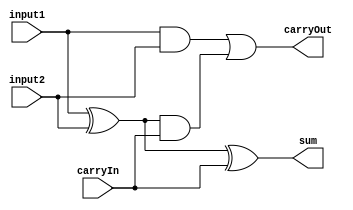
module Full_adder(sum, carryOut, carryIn, input1, input2);

	input carryIn, input1, input2;

	output sum, carryOut;

	wire w1, w2, w3;

	xor x1(w1, input1, input2);
	xor x2(sum, w1, carryIn);
	and a1(w2, input1, input2);
	and a2(w3, w1, carryIn);
	or o1(carryOut, w2, w3);

endmodule



module ALU_1bit( result, carryOut, a, b, invertA, invertB, operation, carryIn, less ); 
  
  output wire result;
  output wire carryOut;
  
  input wire a;
  input wire b;
  input wire invertA;
  input wire invertB;
  input wire[1:0] operation;
  input wire carryIn;
  input wire less;
  
  /*your code here*/ 
  wire	a_choice, b_choice;
  wire	first, second, third;

  assign	a_choice = (invertA) ? ~a : a;
  assign	b_choice = (invertB) ? ~b : b;

  and	(first, a_choice, b_choice);
  or	(second, a_choice, b_choice);
  Full_adder 	adder(third, carryOut, carryIn, a_choice, b_choice);
  assign result = (operation == 2'b00) ? first : (operation == 2'b01) ? second : 
	(operation == 2'b10) ? third : less;
  
endmodule




module ALU_bit31( result, carryOut, a, b, invertA, invertB, operation, carryIn, less , set, overflow); 
  
  output wire overflow;
  output wire set;
  output wire result;
  output wire carryOut;
  
  input wire a;
  input wire b;
  input wire invertA;
  input wire invertB;
  input wire[1:0] operation;
  input wire carryIn;
  input wire less;
  
  /*your code here*/ 
  wire	a_choice, b_choice;
  wire	first, second, third;

  assign	a_choice = (invertA) ? ~a : a;
  assign	b_choice = (invertB) ? ~b : b;

  and	(first, a_choice, b_choice);
  or	(second, a_choice, b_choice);
  Full_adder 	adder(third, carryOut, carryIn, a_choice, b_choice);
  assign result = (operation == 2'b00) ? first : (operation == 2'b01) ? second : 
	(operation == 2'b10) ? third : less;

  xor(overflow, carryOut, carryIn);
  assign set = third ^ overflow;
  
endmodule




module ALU( aluSrc1, aluSrc2, ALU_operation_i, result, zero, overflow );

//I/O ports 
input	[32-1:0] aluSrc1;
input	[32-1:0] aluSrc2;
input	 [4-1:0] ALU_operation_i;

output	[32-1:0] result;
output			 zero;
output			 overflow;

//Internal Signals
wire			 zero;
wire			 overflow;
wire	[32-1:0] result;

//Main function
/*your code here*/
  wire[31:0] carryOut;
  wire	set;
  ALU_1bit bit0 (result[0 ], carryOut[0 ], aluSrc1[0 ], aluSrc2[0 ], ALU_operation_i[3], ALU_operation_i[2], ALU_operation_i[1:0], ALU_operation_i[2], set);
  ALU_1bit bit1 (result[1 ], carryOut[1 ], aluSrc1[1 ], aluSrc2[1 ], ALU_operation_i[3], ALU_operation_i[2], ALU_operation_i[1:0], carryOut[0 ], 1'b0);
  ALU_1bit bit2 (result[2 ], carryOut[2 ], aluSrc1[2 ], aluSrc2[2 ], ALU_operation_i[3], ALU_operation_i[2], ALU_operation_i[1:0], carryOut[1 ], 1'b0);
  ALU_1bit bit3 (result[3 ], carryOut[3 ], aluSrc1[3 ], aluSrc2[3 ], ALU_operation_i[3], ALU_operation_i[2], ALU_operation_i[1:0], carryOut[2 ], 1'b0);
  ALU_1bit bit4 (result[4 ], carryOut[4 ], aluSrc1[4 ], aluSrc2[4 ], ALU_operation_i[3], ALU_operation_i[2], ALU_operation_i[1:0], carryOut[3 ], 1'b0);
  ALU_1bit bit5 (result[5 ], carryOut[5 ], aluSrc1[5 ], aluSrc2[5 ], ALU_operation_i[3], ALU_operation_i[2], ALU_operation_i[1:0], carryOut[4 ], 1'b0);
  ALU_1bit bit6 (result[6 ], carryOut[6 ], aluSrc1[6 ], aluSrc2[6 ], ALU_operation_i[3], ALU_operation_i[2], ALU_operation_i[1:0], carryOut[5 ], 1'b0);
  ALU_1bit bit7 (result[7 ], carryOut[7 ], aluSrc1[7 ], aluSrc2[7 ], ALU_operation_i[3], ALU_operation_i[2], ALU_operation_i[1:0], carryOut[6 ], 1'b0);
  ALU_1bit bit8 (result[8 ], carryOut[8 ], aluSrc1[8 ], aluSrc2[8 ], ALU_operation_i[3], ALU_operation_i[2], ALU_operation_i[1:0], carryOut[7 ], 1'b0);
  ALU_1bit bit9 (result[9 ], carryOut[9 ], aluSrc1[9 ], aluSrc2[9 ], ALU_operation_i[3], ALU_operation_i[2], ALU_operation_i[1:0], carryOut[8 ], 1'b0);
  ALU_1bit bit10(result[10], carryOut[10], aluSrc1[10], aluSrc2[10], ALU_operation_i[3], ALU_operation_i[2], ALU_operation_i[1:0], carryOut[9 ], 1'b0);
  ALU_1bit bit11(result[11], carryOut[11], aluSrc1[11], aluSrc2[11], ALU_operation_i[3], ALU_operation_i[2], ALU_operation_i[1:0], carryOut[10], 1'b0);
  ALU_1bit bit12(result[12], carryOut[12], aluSrc1[12], aluSrc2[12], ALU_operation_i[3], ALU_operation_i[2], ALU_operation_i[1:0], carryOut[11], 1'b0);
  ALU_1bit bit13(result[13], carryOut[13], aluSrc1[13], aluSrc2[13], ALU_operation_i[3], ALU_operation_i[2], ALU_operation_i[1:0], carryOut[12], 1'b0);
  ALU_1bit bit14(result[14], carryOut[14], aluSrc1[14], aluSrc2[14], ALU_operation_i[3], ALU_operation_i[2], ALU_operation_i[1:0], carryOut[13], 1'b0);
  ALU_1bit bit15(result[15], carryOut[15], aluSrc1[15], aluSrc2[15], ALU_operation_i[3], ALU_operation_i[2], ALU_operation_i[1:0], carryOut[14], 1'b0);
  ALU_1bit bit16(result[16], carryOut[16], aluSrc1[16], aluSrc2[16], ALU_operation_i[3], ALU_operation_i[2], ALU_operation_i[1:0], carryOut[15], 1'b0);
  ALU_1bit bit17(result[17], carryOut[17], aluSrc1[17], aluSrc2[17], ALU_operation_i[3], ALU_operation_i[2], ALU_operation_i[1:0], carryOut[16], 1'b0);
  ALU_1bit bit18(result[18], carryOut[18], aluSrc1[18], aluSrc2[18], ALU_operation_i[3], ALU_operation_i[2], ALU_operation_i[1:0], carryOut[17], 1'b0);
  ALU_1bit bit19(result[19], carryOut[19], aluSrc1[19], aluSrc2[19], ALU_operation_i[3], ALU_operation_i[2], ALU_operation_i[1:0], carryOut[18], 1'b0);
  ALU_1bit bit20(result[20], carryOut[20], aluSrc1[20], aluSrc2[20], ALU_operation_i[3], ALU_operation_i[2], ALU_operation_i[1:0], carryOut[19], 1'b0);
  ALU_1bit bit21(result[21], carryOut[21], aluSrc1[21], aluSrc2[21], ALU_operation_i[3], ALU_operation_i[2], ALU_operation_i[1:0], carryOut[20], 1'b0);
  ALU_1bit bit22(result[22], carryOut[22], aluSrc1[22], aluSrc2[22], ALU_operation_i[3], ALU_operation_i[2], ALU_operation_i[1:0], carryOut[21], 1'b0);
  ALU_1bit bit23(result[23], carryOut[23], aluSrc1[23], aluSrc2[23], ALU_operation_i[3], ALU_operation_i[2], ALU_operation_i[1:0], carryOut[22], 1'b0);
  ALU_1bit bit24(result[24], carryOut[24], aluSrc1[24], aluSrc2[24], ALU_operation_i[3], ALU_operation_i[2], ALU_operation_i[1:0], carryOut[23], 1'b0);
  ALU_1bit bit25(result[25], carryOut[25], aluSrc1[25], aluSrc2[25], ALU_operation_i[3], ALU_operation_i[2], ALU_operation_i[1:0], carryOut[24], 1'b0);
  ALU_1bit bit26(result[26], carryOut[26], aluSrc1[26], aluSrc2[26], ALU_operation_i[3], ALU_operation_i[2], ALU_operation_i[1:0], carryOut[25], 1'b0);
  ALU_1bit bit27(result[27], carryOut[27], aluSrc1[27], aluSrc2[27], ALU_operation_i[3], ALU_operation_i[2], ALU_operation_i[1:0], carryOut[26], 1'b0);
  ALU_1bit bit28(result[28], carryOut[28], aluSrc1[28], aluSrc2[28], ALU_operation_i[3], ALU_operation_i[2], ALU_operation_i[1:0], carryOut[27], 1'b0);
  ALU_1bit bit29(result[29], carryOut[29], aluSrc1[29], aluSrc2[29], ALU_operation_i[3], ALU_operation_i[2], ALU_operation_i[1:0], carryOut[28], 1'b0);
  ALU_1bit bit30(result[30], carryOut[30], aluSrc1[30], aluSrc2[30], ALU_operation_i[3], ALU_operation_i[2], ALU_operation_i[1:0], carryOut[29], 1'b0);
  ALU_bit31 bit31(result[31], carryOut[31], aluSrc1[31], aluSrc2[31], ALU_operation_i[3], ALU_operation_i[2], ALU_operation_i[1:0], carryOut[30], 1'b0, set, overflow);

 assign zero = ~(result[0] | result[1] | result[2] | result[3] | result[4] | result[5] | result[6] | result[7] | result[8]
	 | result[9] | result[10] | result[11] | result[12] | result[13] | result[14] | result[15] | result[16] | result[17]
	 | result[18] | result[19] | result[20] | result[21] | result[22] | result[23] | result[24] | result[25] | result[26]
	 | result[27] | result[28] | result[29] | result[30] | result[31]);

endmodule